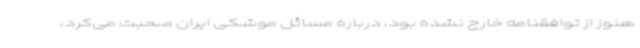
هنوز از توافقنامه خارج نشده بود، درباره مسائل موشکی ایران صحبت می‌کرد،